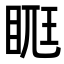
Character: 𥆦